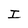
Character: I